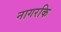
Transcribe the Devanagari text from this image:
नागरकि